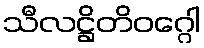
သီလဋ္ဌိတိဝဂ္ဂေါ